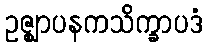
ဥဇ္ဈာပနကသိက္ခာပဒံ